Annual report on the Civil Veterinary Department, Burma (including the Insein Veterinary School) - 1923-1931
Year: 1923
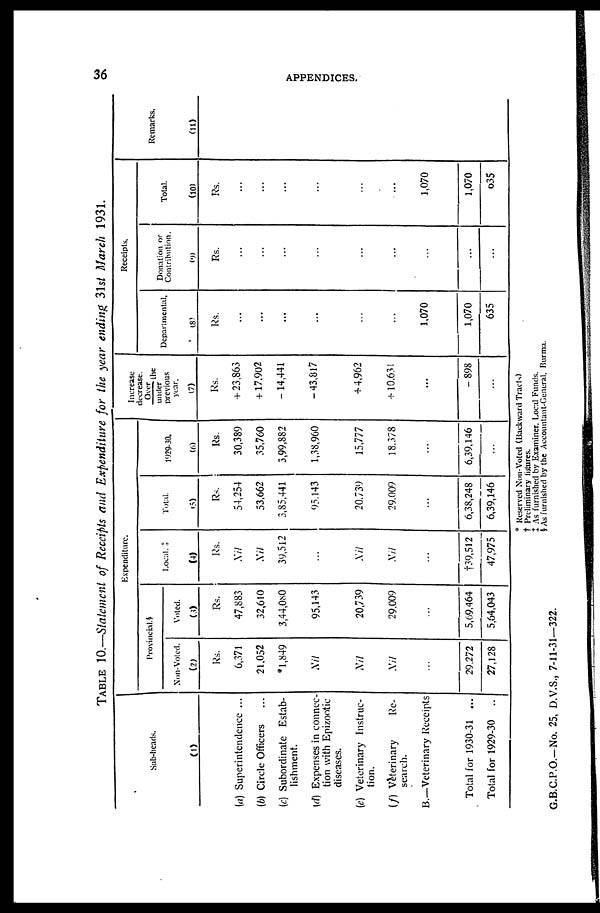
36
APPENDICES,
TABLE 10.—Statement of Receipts and Expenditure for the year ending 31st March 1931.
Sub-heads.
(1)
(a) Superintendence ...
(b) Circle Officers ...
(c) Subordinate Estab-
lishment.
(d) Expenses in connec-
tion with Epizootic
diseases.
(c) Veterinary Instruc-
tion.
(f) Vèterinary
Re-
search.
B.—Veterinary Receipts
Total for 1930-31 ...
Total for 1929-30 ...
Expenditure.
Provincial.§
Non-Voted
(2)
Rs.
6,371
21,052
*1,849
Nil
Nil
Nil
...
29,272
27,128
Voted
(3)
Rs.
47,883
32,610
3,44,080
95,143
20,739
29,009
...
5,69,464
5,64,043
Local. ‡
(4)
Rs.
Nil
Nil
39,512
...
Nil
Nil
...
†39,5l2
47,975
Total.
(5)
Rs.
54,254
53,662
3,85,441
95,143
20,739
29,009
...
6,38,248
6,39,146
1929-30.
(6)
Rs.
30,389
35,760
3,99,882
1,38,960
15,777
18,378
...
6,39,146
...
Increase
decrease.
Over
the
under
previous
year.
(7)
Rs.
+ 23,863
+17,902
- 14,441
-43,817
+ 4,962
+ 10,631
...
- 898
...
Receipts.
Departmental.
(8)
Rs.
...
...
...
...
...
...
1,070
1,070
635
Donation or
Contribution.
(9)
Rs.
...
...
...
...
...
...
...
...
...
Total.
(10)
Rs.
...
...
...
...
...
...
1,070
1,070
635
Remarks.
(11)
* Reserved Non-Voted (Backward Tracts)
† Preliminary figures.
‡ As furnished by Examiner. Local Funds.
§ As furnished by the Accountant-General, Burma.
G.B.C.P.O.—No. 25, D.V.S., 7-11-31—322.